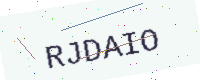
Text: RJDAIO